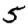
Digit: 5